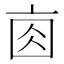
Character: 𠅓